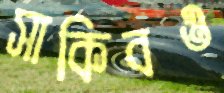
সাকিবও